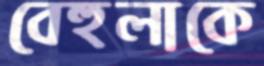
বেহুলাকে